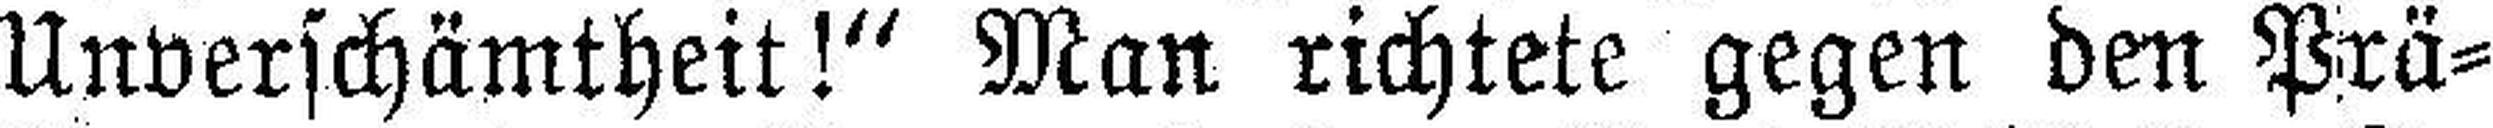
Unverschämtheit!“ Man richtete gegen den Prä¬